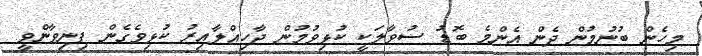
މިހެން ބުނުމުން ދެން އެންމެ ބޮޑު ސުވާލަކީ ކުޅިވުމުން ދާހިއްލާއިރު ކުޅިވެގެން ފިނިވާންވީ